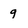
Character: q